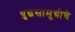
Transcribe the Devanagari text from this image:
युद्धसामुग्रीचे